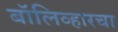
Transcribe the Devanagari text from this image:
बॉलिव्हारचा